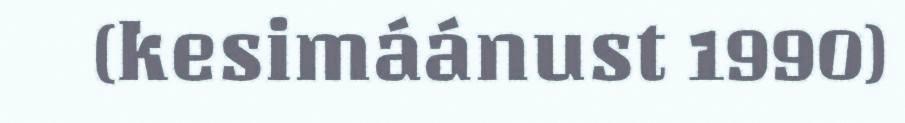
(kesimáánust 1990)